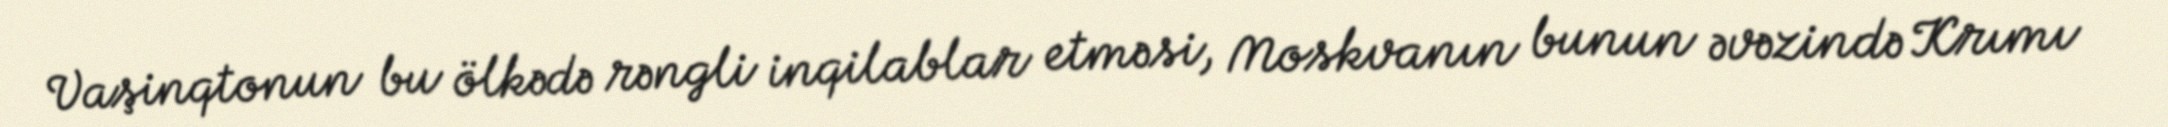
Vaşinqtonun bu ölkədə rəngli inqilablar etməsi, Moskvanın bunun əvəzində Krımı